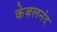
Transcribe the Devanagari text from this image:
केबलनंद